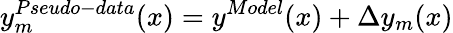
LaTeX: y_{m}^{Pseudo-data}(x)=y^{Model}(x)+\Delta y_{m}(x)